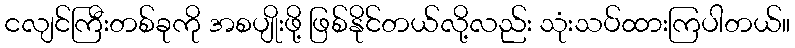
ငလျင်ကြီးတစ်ခုကို အစပျိုးဖို့ ဖြစ်နိုင်တယ်လို့လည်း သုံးသပ်ထားကြပါတယ်။